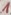
Text: 1